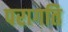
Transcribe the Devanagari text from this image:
परागति